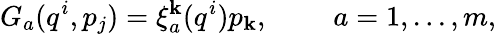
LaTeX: G_{a}(q^{i},p_{j})=\xi_{a}^{\mathbf{k}}(q^{i})p_{\mathbf{k}},~~~~~~~~~a=1,...,m,